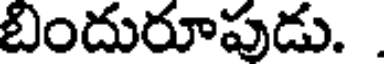
బిందురూపుడు. .